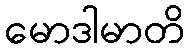
မောဒါမာတိ